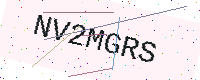
Text: NV2MGRS